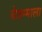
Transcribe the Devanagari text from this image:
चेन्नम्माला